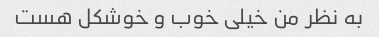
به نظر من خیلی خوب و خوشکل هست